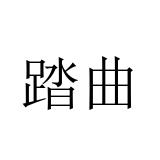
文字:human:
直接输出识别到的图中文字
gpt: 踏曲